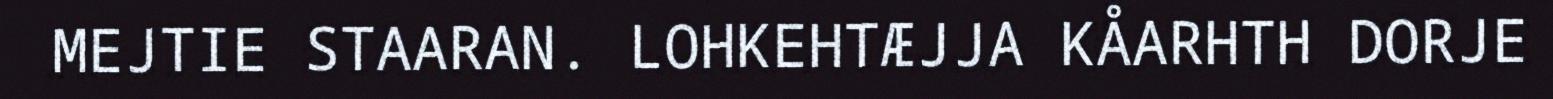
MEJTIE STAARAN. LOHKEHTÆJJA KÅARHTH DORJE